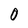
Character: 0